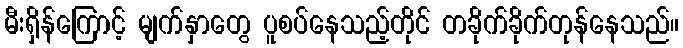
မီးရှိန်ကြောင့် မျက်နှာတွေ ပူစပ်နေသည့်တိုင် တခိုက်ခိုက်တုန်နေသည်။